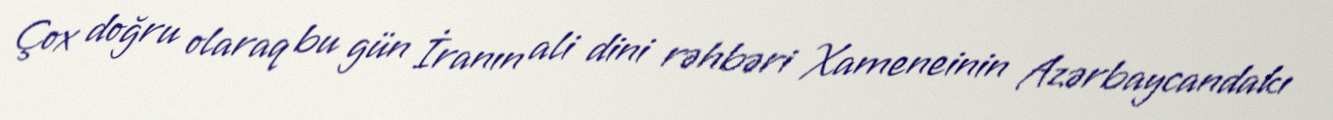
Çox doğru olaraq bu gün İranın ali dini rəhbəri Xameneinin Azərbaycandakı